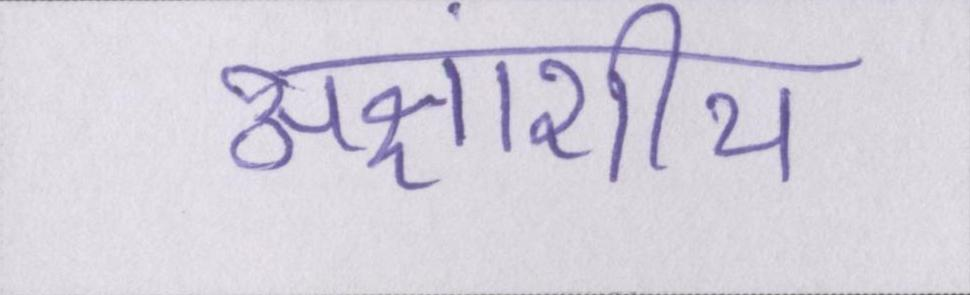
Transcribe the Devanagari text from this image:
अक्षांशीय